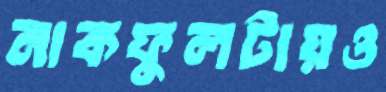
নাকফুলটায়ও